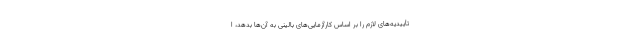
تأییدیه‌های لازم را بر اساس کارآزمایی‌های بالینی به آن‌ها بدهد، ا